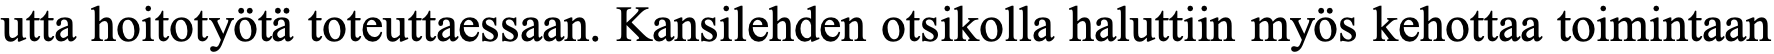
utta hoitotyötä toteuttaessaan. Kansilehden otsikolla haluttiin myös kehottaa toimintaan